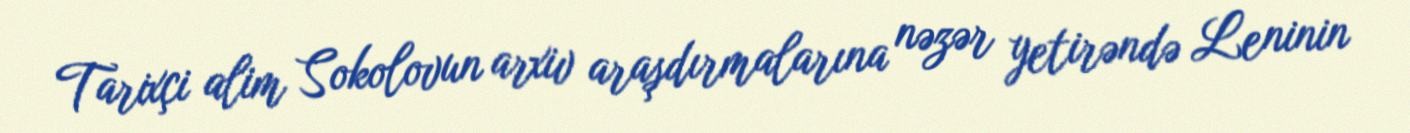
Tarixçi alim Sokolovun arxiv araşdırmalarına nəzər yetirəndə Leninin